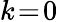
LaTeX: k\! =\! 0